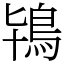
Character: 鴇